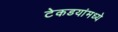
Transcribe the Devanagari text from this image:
टेकडयांमध्ये